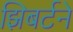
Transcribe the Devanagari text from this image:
झिबर्टने